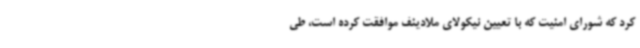
کرد که شورای امنیت که با تعیین نیکولای ملادینف موافقت کرده است، طی